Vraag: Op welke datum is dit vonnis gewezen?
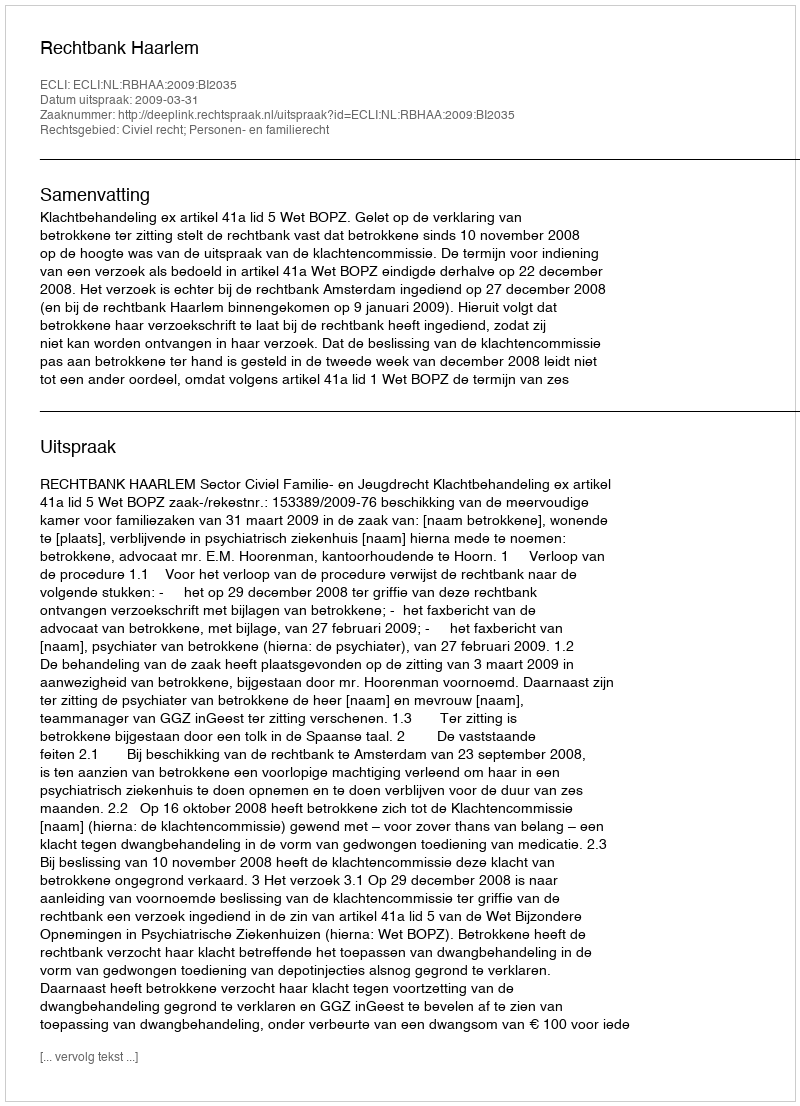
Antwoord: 2009-03-31